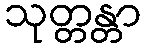
သုတ္တန္တာ